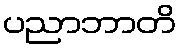
ပညာဘာတိ